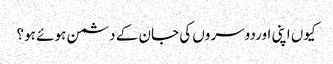
کیوں اپنی اوردوسروں کی جان کے دشمن ہوئے ہو؟